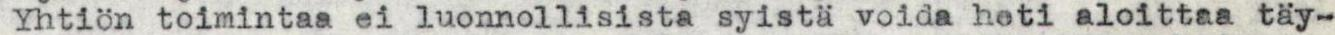
Yhtiön toimintaa ei luonnollisista syistä voida heti aloittaa täy-